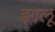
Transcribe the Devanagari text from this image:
इगलू